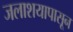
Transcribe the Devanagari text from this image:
जलाशयापासून